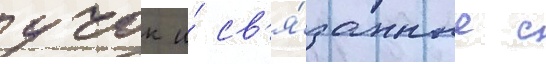
учок и́ св'я́занные с